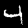
Label: 4